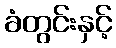
ခံတွင်းနှင့်